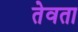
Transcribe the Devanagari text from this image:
तेवता